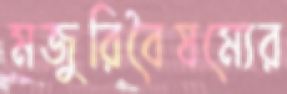
মজুরিবৈষম্যের